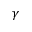
\gamma